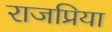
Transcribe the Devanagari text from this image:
राजप्रिया